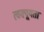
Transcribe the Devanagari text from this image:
त्वक्पूयता